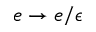
e \rightarrow e / \epsilon